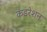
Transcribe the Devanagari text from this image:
कंडरेशन